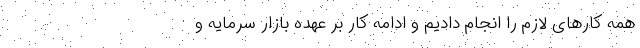
همه کارهای لازم را انجام دادیم و ادامه کار بر عهده بازار سرمایه و